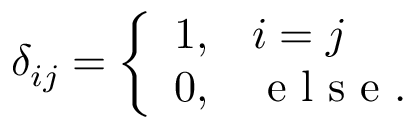
\begin{array} { r } { \delta _ { i j } = \left\{ \begin{array} { l l } { 1 , } & { i = j } \\ { 0 , } & { \mathrm { ~ e ~ l ~ s ~ e ~ . ~ } } \end{array} \right. } \end{array}